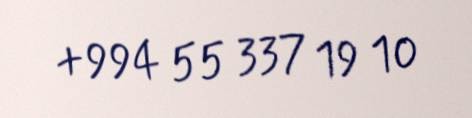
+994 55 337 19 10